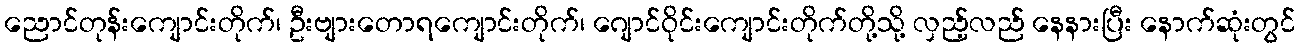
ညောင်တုန်းကျောင်းတိုက်၊ ဦးဗျားတောရကျောင်းတိုက်၊ ဂျောင်ဝိုင်းကျောင်းတိုက်တို့သို့ လှည့်လည် နေနားပြီး နောက်ဆုံးတွင်